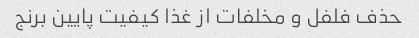
حذف فلفل و مخلفات از غذا کیفیت پایین برنج